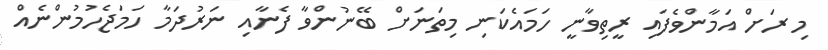
މި ރަށް އަމާންވެފައި ރީތިވާނީ ހަމައެކަނި މިތަނަށް ބޭނުންވާ ފެނާއި ނަރުދަމާ ހަމަޖެހުމުންނެއް